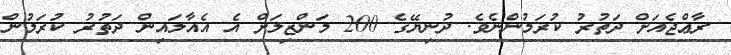
ރާޢްޖެއަށް ދަތުރު ކުރަމުންނެވެ. ދުނިޔޭގެ 200 މަންޒިލަށް އެ އެއާލައިން ދަތުރު ކުރަމުން